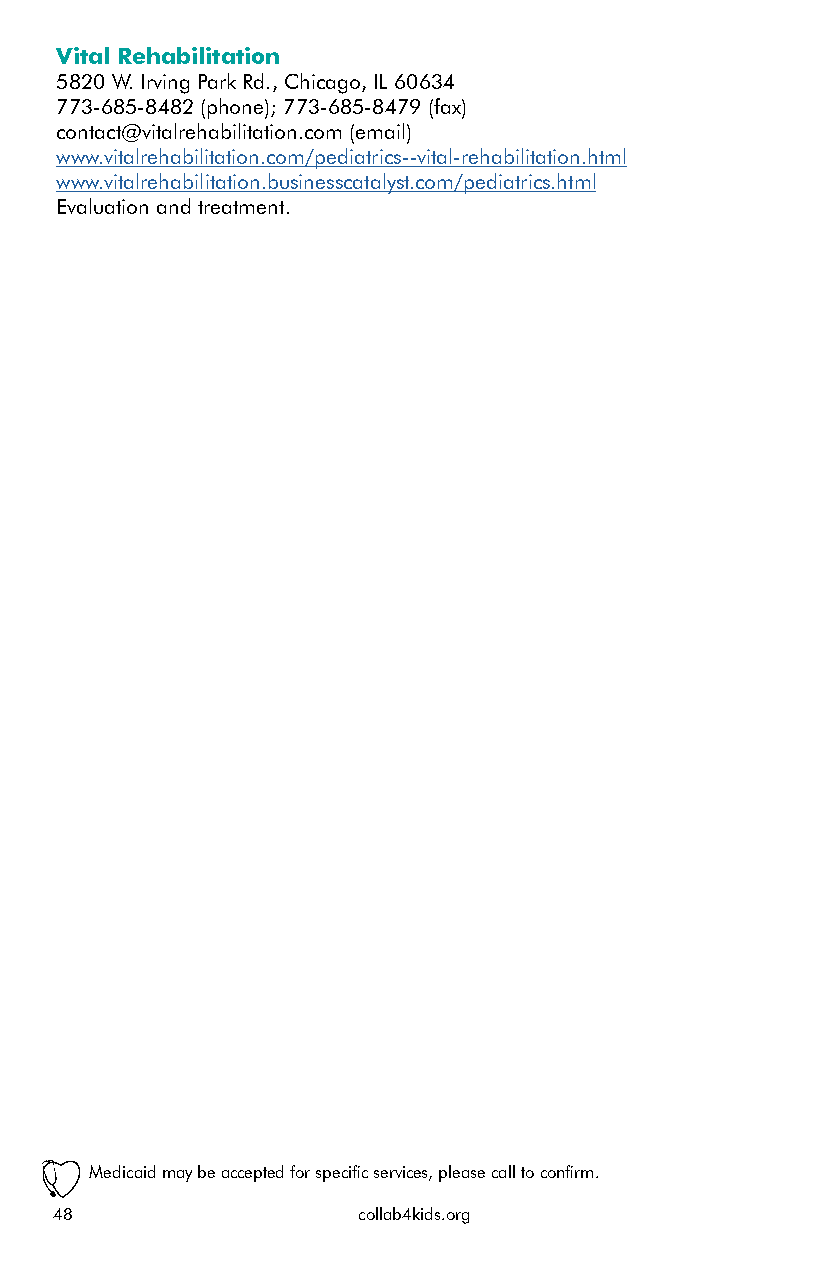
Vital Rehabilitation
 5820 W. Irving Park Rd., Chicago, IL 60634
 773-685-8482 (phone); 773-685-8479 (fax)
 contact@vitalrehabilitation.com (email)
 www.vitalrehabilitation.com/pediatrics--vital-rehabilitation.html
 www.vitalrehabilitation.businesscatalyst.com/pediatrics.html
 Evaluation and treatment.
 Medicaid may be accepted for specific services, please call to confirm.
 48                  collab4kids.org